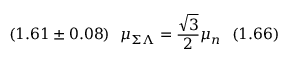
( 1 . 6 1 \pm 0 . 0 8 ) \ \ { \mu } _ { \Sigma \Lambda } = { \frac { \sqrt 3 } { 2 } } { \mu } _ { n } \ \ ( 1 . 6 6 )